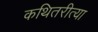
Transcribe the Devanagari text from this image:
कथितरीत्या